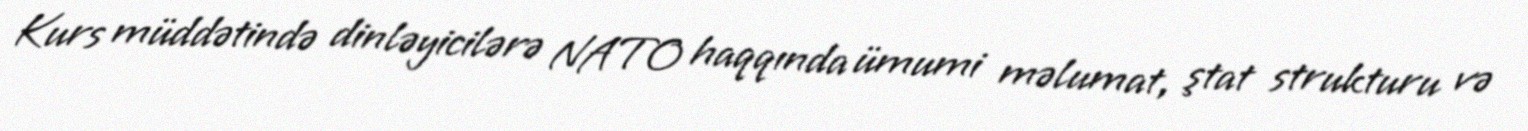
Kurs müddətində dinləyicilərə NATO haqqında ümumi məlumat, ştat strukturu və